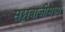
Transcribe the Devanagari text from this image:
सट्टाबाजीमध्ये